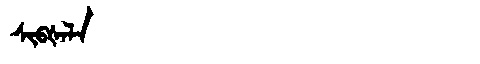
Manchu: ᠰᡳᠪᡧᠠᠯᠠ
Romanization: SIBŠALA